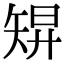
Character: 𥏓